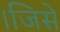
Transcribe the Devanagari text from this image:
।जिसे